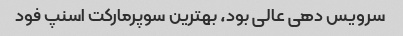
سرویس دهی عالی بود، بهترین سوپرمارکت اسنپ فود